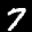
Digit: 7